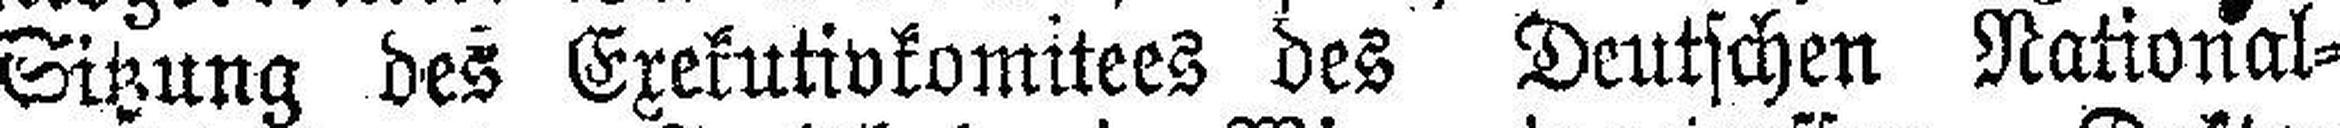
Sitzung des Exekutivkomitees des Deutschen National¬